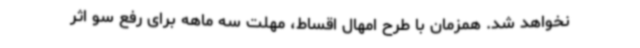
نخواهد شد. همزمان با طرح امهال اقساط، مهلت سه ماهه برای رفع سو اثر